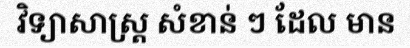
វិទ្យាសាស្ត្រ សំខាន់ ៗ ដែល មាន